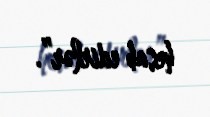
hesab edirlər”.